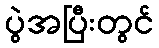
ပွဲအပြီးတွင်